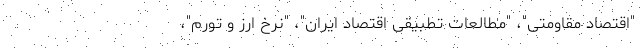
"اقتصاد مقاومتی"، "مطالعات تطبیقی اقتصاد ایران"، "نرخ ارز و تورم"،